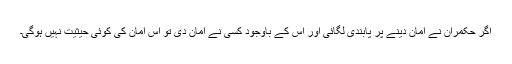
اگر حکمران نے امان دینے پر پابندی لگائی اور اس کے باوجود کسی نے امان دی تو اس امان کی کوئی حیثیت نہیں ہوگی۔